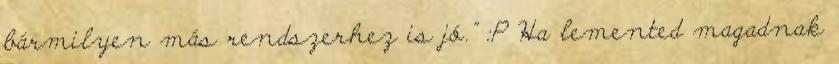
bármilyen más rendszerhez is jó.” :P Ha lemented magadnak